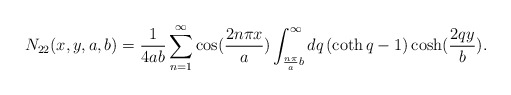
\begin{align*}N_{22}(x,y,a,b)=\frac{1}{4ab}\sum_{n=1}^{\infty }\cos (\frac{2n\pi x}{a})\int_{\frac{n\pi }{a}b}^{\infty }dq\left( \coth q-1\right) \cosh (\frac{2qy}{b}).\end{align*}